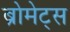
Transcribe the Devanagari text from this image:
ब्रोमेट्स